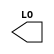
/**
 * Copyright 2020 The SkyWater PDK Authors
 *
 * Licensed under the Apache License, Version 2.0 (the "License");
 * you may not use this file except in compliance with the License.
 * You may obtain a copy of the License at
 *
 *     https://www.apache.org/licenses/LICENSE-2.0
 *
 * Unless required by applicable law or agreed to in writing, software
 * distributed under the License is distributed on an "AS IS" BASIS,
 * WITHOUT WARRANTIES OR CONDITIONS OF ANY KIND, either express or implied.
 * See the License for the specific language governing permissions and
 * limitations under the License.
 *
 * SPDX-License-Identifier: Apache-2.0
 */

`ifndef SKY130_FD_SC_HD__MACRO_SPARECELL_BLACKBOX_V
`define SKY130_FD_SC_HD__MACRO_SPARECELL_BLACKBOX_V

/**
 * macro_sparecell: Macro cell for metal-mask-only revisioning,
 *                  containing inverter, 2-input NOR, 2-input NAND,
 *                  and constant cell.
 *
 * Verilog stub definition (black box without power pins).
 *
 * WARNING: This file is autogenerated, do not modify directly!
 */

`timescale 1ns / 1ps
`default_nettype none

(* blackbox *)
module sky130_fd_sc_hd__macro_sparecell (
    LO
);

    output LO;

    // Voltage supply signals
    supply0 VGND;
    supply0 VNB ;
    supply1 VPB ;
    supply1 VPWR;

endmodule

`default_nettype wire
`endif  // SKY130_FD_SC_HD__MACRO_SPARECELL_BLACKBOX_V